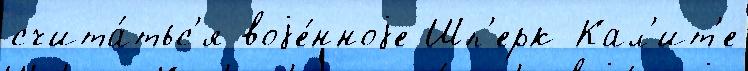
счита́тьс'я воjе́нноjе Шп'ерк Кал'ит'е